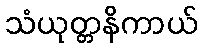
သံယုတ္တနိကာယ်